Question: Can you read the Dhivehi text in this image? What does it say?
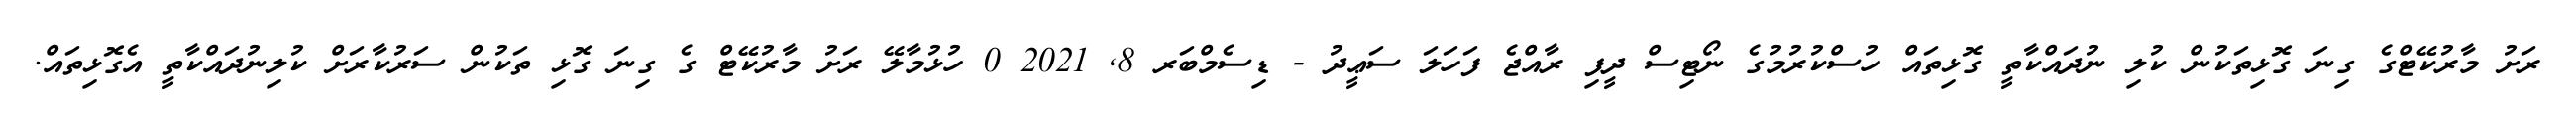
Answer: ރަށު މާރުކޭޓްގެ ގިނަ ގޮޅިތަކުން ކުލި ނުދައްކާތީ ގޮޅިތައް ހުސްކުރުމުގެ ނޯޓިސް ދީފި ރާއްޖެ ފަހަލަ ސަޢީދު - ޑިސެމްބަރ 8, 2021 0 ހުޅުމާލޭ ރަށު މާރުކޭޓް ގެ ގިނަ ގޮޅި ތަކުން ސަރުކާރަށް ކުލިނުދައްކާތީ އެގޮޅިތައް.